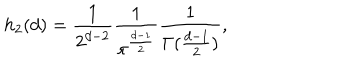
LaTeX: h _ { 2 } ( d ) = \frac { 1 } { 2 ^ { d - 2 } } \frac { 1 } { \pi ^ { \frac { d - 1 } { 2 } } } \frac { 1 } { \Gamma ( \frac { d - 1 } { 2 } ) } ,